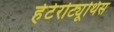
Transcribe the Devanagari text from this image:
हेटेरोट्यूथिस